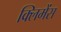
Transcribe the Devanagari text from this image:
क्लिमेंस